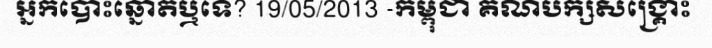
អ្នកបោះឆ្នោតឬទេ? 19/05/2013 -កម្ពុជា គណបក្សសង្គ្រោះ